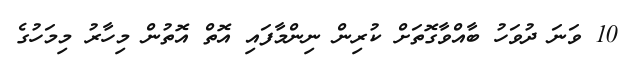
10 ވަނަ ދުވަހު ބާއްވާގޮތަށް ކުރިން ނިންމާފައި އޮތް އޮތުން މިހާރު މިމަހުގެ